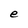
Character: e